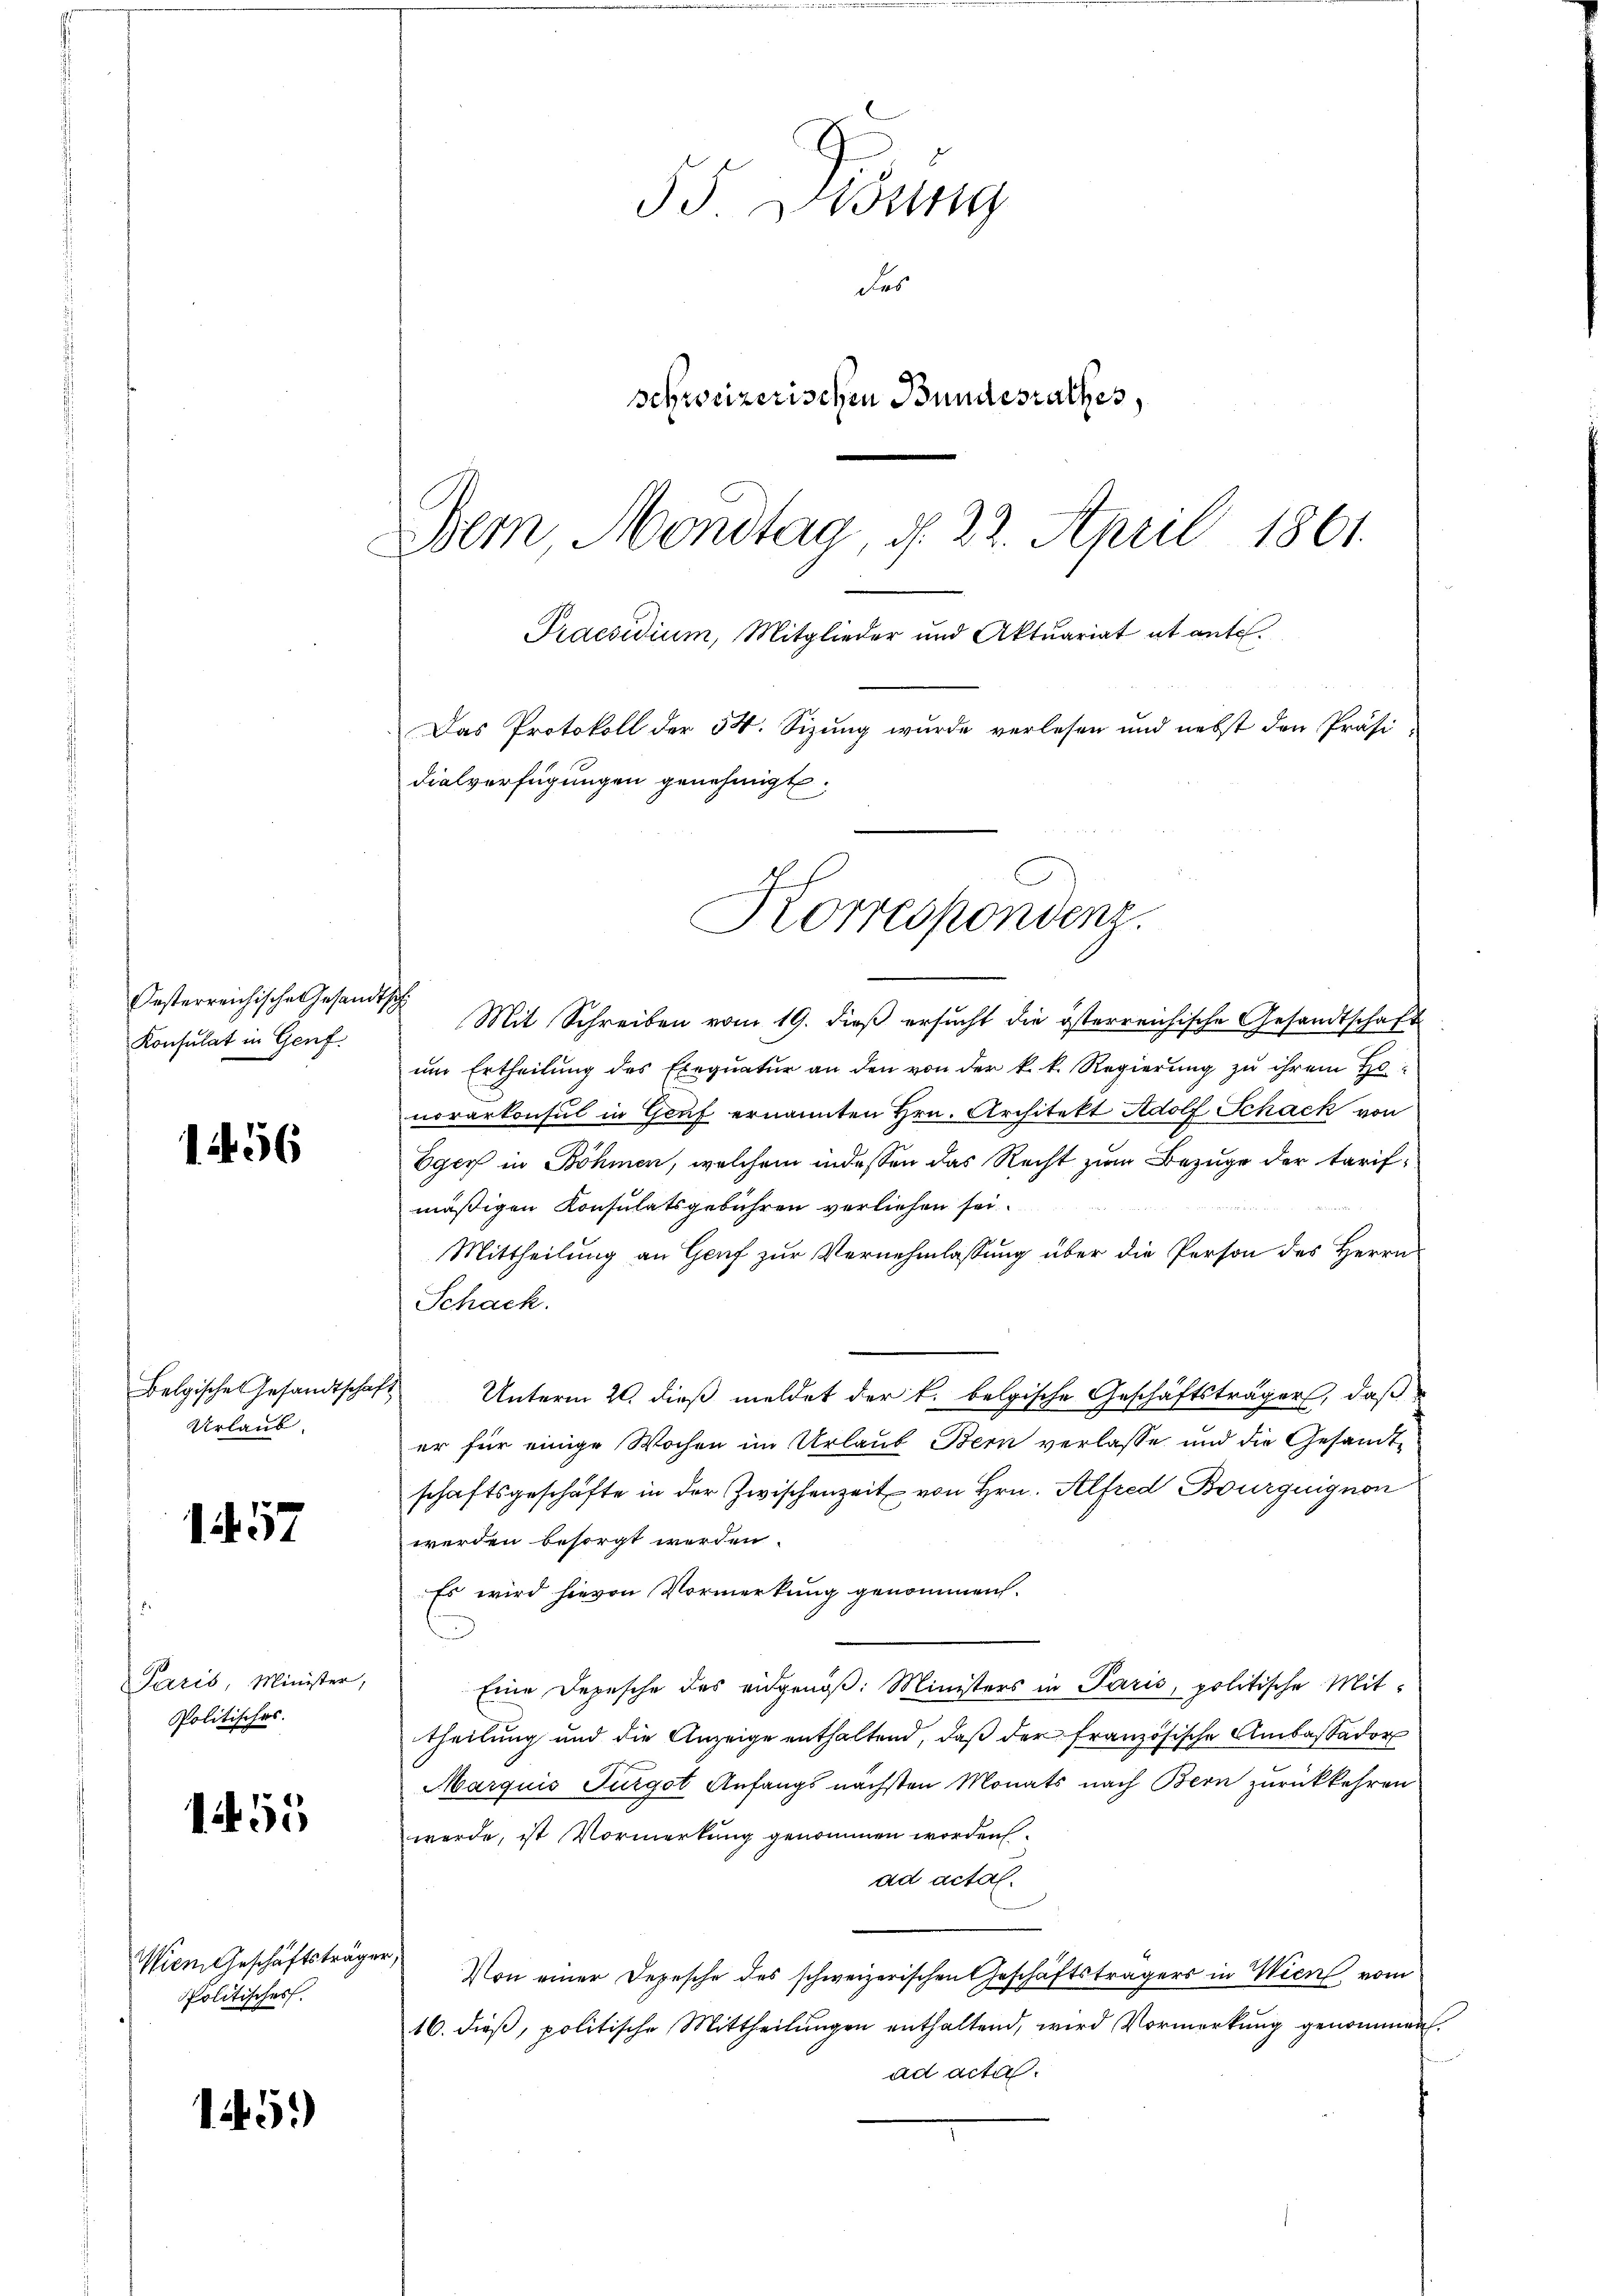
Oesterreichische Gesandtsche
Konsulat in Genf.

1456

Belgische Gesandtscha
Urlaub.

1. 57

Paris, Minister,
Politisches.

1455

Wien Geschäftsträge
Politisches

1451)

55 Didung
das
schweizerischen Bundesrathes,
Bern Mondtag, d. 22. April 1861.
Praesidium, Mitglieder und Aktuariat et ente.
Das Protokoll der 54. Sizung wurde verlesen und nebst den Präsidialverfügungen genehmigt.

Korrespondenz.

Mit Schreiben vom 19. dieß ersucht die österreichische Gesandtschaft
ŭm Ertheilŭng des Exeqŭatŭr an den von der k. k. Regierŭng zŭ ihrem Ho-
norarkonsul in Gruf ernannten Hrn. Architekt Adolf Schack von
Eger in Böhmen, welchem indessen das Recht zum Bezuge der tarif¬

mäßigen Konsulatsgebühren verliehen sei.
Mittheilung an Genf zur Vernehmlassung über die Person des Herrn
Schack
 Unterm 20. dieß meldet der k. belgische Geschäftsträgers, daß
er für einige Wochen im Urlaub Bern verlasse und die Gesandtschaftsgeschäfte in der Zwischenzeit von Hrn. Alfred Burguignon
werden besorgt werden.
Es wird hievon Vormerkung genommen.
Eine Depesche des eidgenöß: Ministers in Paris, politische Mit-
theilung und die Anzeige enthaltend, daß der französische Ambaßador
Marquis Furgot Anfangs nächsten Monats nach Bern zurückkehren
werde, ist Vormerkung genommen worden.
ad actal.
e
Von einer Depesche des schweizerischen Geschäftsträgers in Wien vom
16. dieβ, politische Mittheilungen enthaltend, wird Vormerkung genommen.
ad acta.